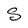
Character: S